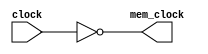
module phaseshift(clock,mem_clock);
	input clock;
	output reg mem_clock;
	always @(*)
		mem_clock=~clock;
endmodule